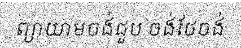
ព្យាយាមចង់ជួប ចង់ថែចង់